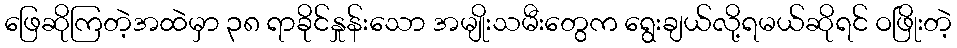
ဖြေဆိုကြတဲ့အထဲမှာ ၃၈ ရာခိုင်နှုန်းသော အမျိုးသမီးတွေက ရွေးချယ်လို့ရမယ်ဆိုရင် ဝဖြိုးတဲ့